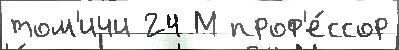
том'ичи 24 М проф'е́ссор